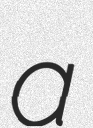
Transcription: a